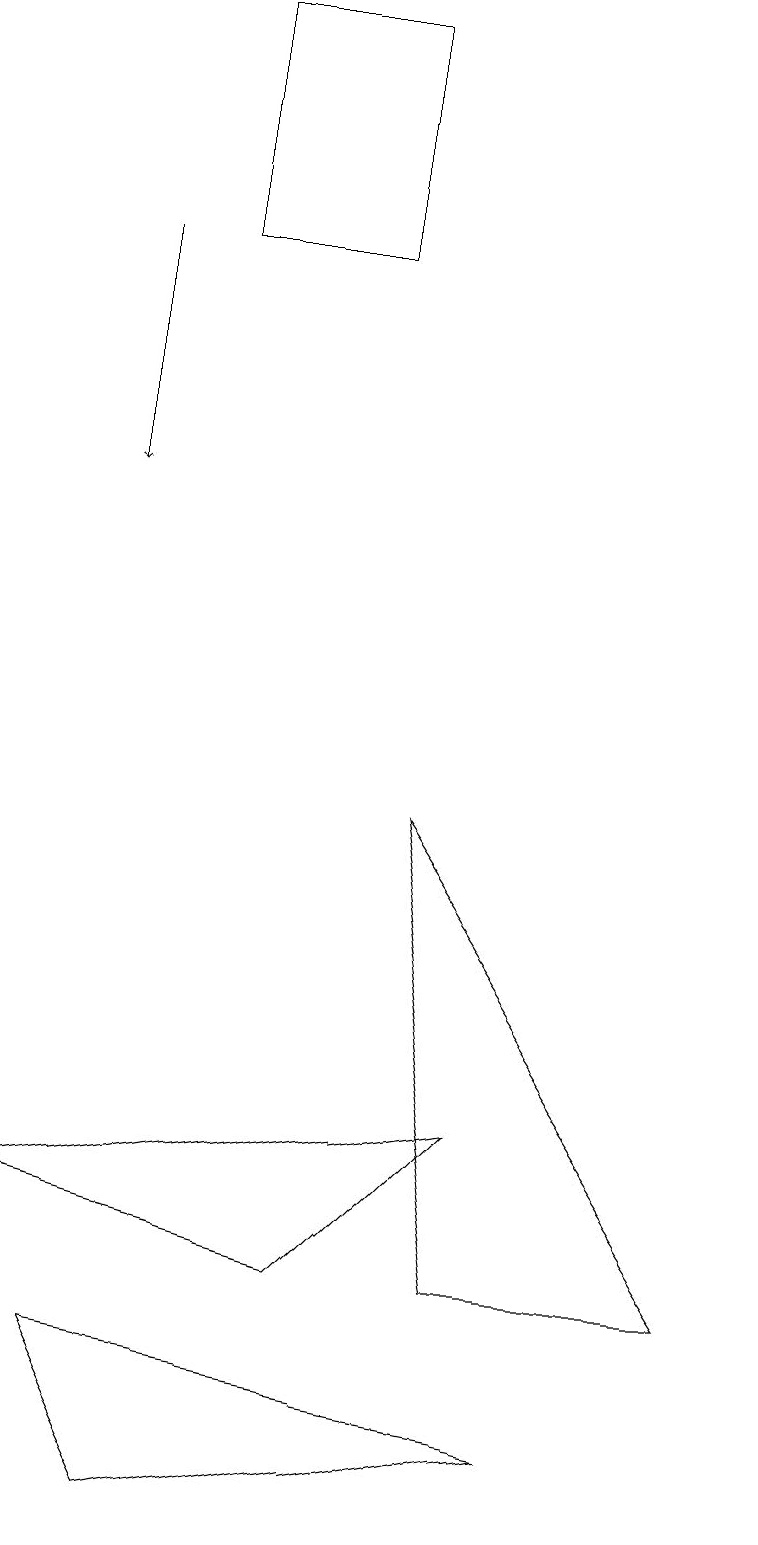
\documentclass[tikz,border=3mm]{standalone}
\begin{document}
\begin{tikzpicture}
\draw (4,19) rectangle (2,16);
\draw (6,5) -- (4,3) -- (0,4) -- cycle;
\draw (6,3) -- (9,3) -- (5,9) -- cycle;
\draw (7,1) -- (1,2) -- (2,0) -- cycle;
\draw[->] (1,16) -- (1,13);
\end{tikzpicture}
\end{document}